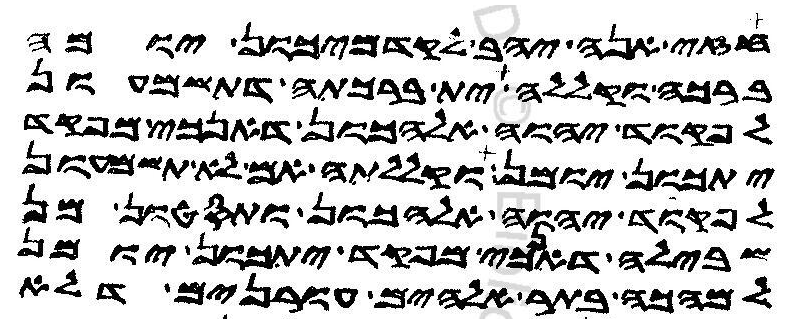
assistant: חזי אנה יהב לקדמיכון יומן
ברכה וקללה ית ברכתה דתשמעון
לפקוד יהוה אלהכון דאנכי מפקד
יתכון יומן וקללתה אם לא תשמעון
לפקוד יהוה אלהכון ותסטון מן
שבילה דאנכי מפקד יתכון יומן
למהכה בתר אלהים עורנים דלא